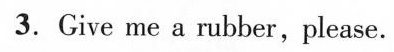
3. Give me a rubber , please.